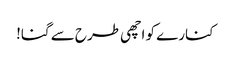
کنارے کو اچھی طرح سے گنا!